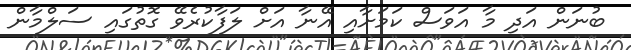
ބުނަން އަދި މާ އަވަސް ކަމަށާއި އޭނާ އަށް ލަފާކުރެވޭ ގޮތުގައި ސަލްމާން